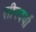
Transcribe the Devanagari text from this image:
सीरदर्यो